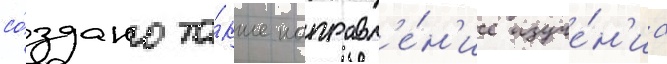
со́здано та́кже направл'е́н'ие изуче́н'иа